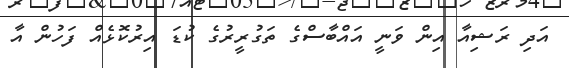
އަދި ރަޝިއާ އިން ވަނީ އައްބާސްގެ ތަގުރީރުގެ ކުޑަ އިރުކޮޅެއް ފަހުން އާ